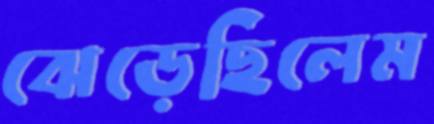
ঝেড়েছিলেম